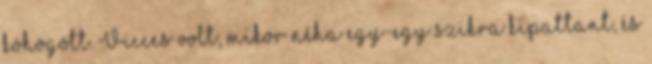
köhögött. Vicces volt, mikor néha egy-egy szikra kipattant, és